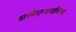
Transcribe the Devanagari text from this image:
ज्ञानवैराग्यमाश्रित्य